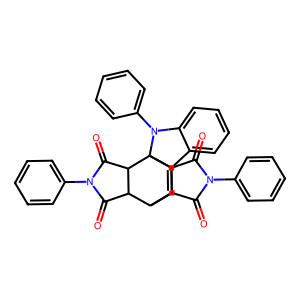
SMILES: O=C1C2C3C=C4c5ccccc5N(c5ccccc5)C4(C2C(=O)N1c1ccccc1)C1C(=O)N(c2ccccc2)C(=O)C31
Inhibits HIV replication: No